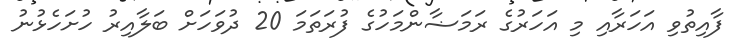
ފާއިތުވި އަހަރާއި މި އަހަރުގެ ރަމަޟާންމަހުގެ ފުރަތަމަ 20 ދުވަހަށް ބަލާއިރު ހުށަހެޅުނު